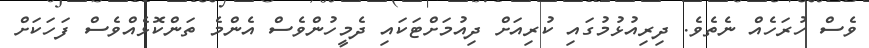
ވެސް ހުރަހެއް ނެތެވެ. ދިރިއުޅުމުގައި ކުރިއަށް ދިއުމަށްޓަކައި ދެމީހުންވެސް އެންމެ ތަންކޮޅެއްވެސް ފަހަކަށް